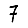
Digit: 7